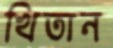
খিতান